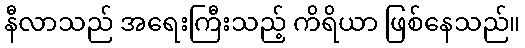
နီလာသည် အရေးကြီးသည့် ကိရိယာ ဖြစ်နေသည်။